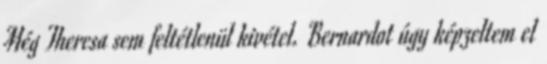
Még Theresa sem feltétlenül kivétel. Bernardot úgy képzeltem el